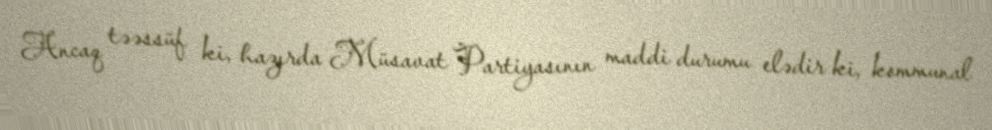
Ancaq təəssüf ki, hazırda Müsavat Partiyasının maddi durumu elədir ki, kommunal